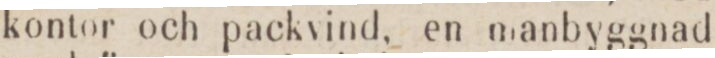
kontor och packvind, en manbyggnad